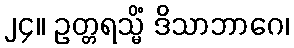
၂၄။ ဥတ္တရသ္မိံ ဒိသာဘာဂေ၊